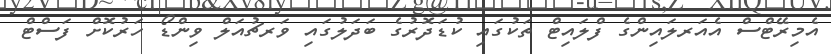
އެމިރޭޓްސް އެއަރލައިންގެ ފްލައިޓް ތަކުގައި ކުޑަދޮރުގެ ބަދަލުގައި ވަރޗުއަލް ވިންޑޯ ހަރުކޮށް ފަސްޓް